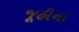
જૂહીના